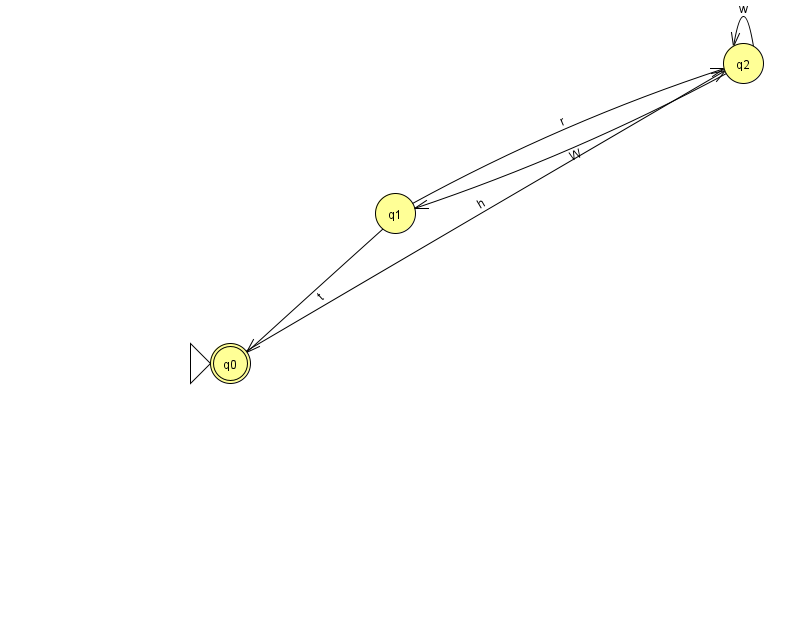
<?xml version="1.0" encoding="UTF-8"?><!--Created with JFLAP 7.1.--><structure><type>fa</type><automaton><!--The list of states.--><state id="0" name="q0"><x>230.0</x><y>350.0</y><initial/><final/></state><state id="1" name="q1"><x>395.0</x><y>200.0</y></state><state id="2" name="q2"><x>743.0</x><y>50.0</y></state><!--The list of transitions.--><transition><from>0</from><to>2</to><read>h</read></transition><transition><from>1</from><to>0</to><read>t</read></transition><transition><from>2</from><to>2</to><read>w</read></transition><transition><from>1</from><to>2</to><read>r</read></transition><transition><from>2</from><to>1</to><read>W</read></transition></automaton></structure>